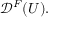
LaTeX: { \mathcal { D } } ^ { F } ( U ) .